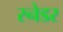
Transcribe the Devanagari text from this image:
स्नेडर